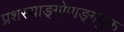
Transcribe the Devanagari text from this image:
प्रशस्याङ्‌गोपाङ्‌गयुक्त